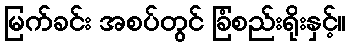
မြက်ခင်း အစပ်တွင် ခြံစည်းရိုးနှင့်။